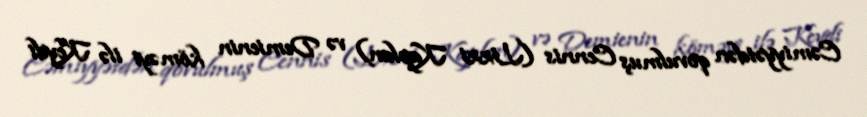
Cəmiyyətdən qovulmuş Cennis (Lizzi Kaplan) və Demienin köməyi ilə Keydi